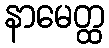
နာမေတ္ထ